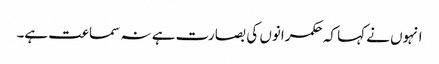
انہوں نے کہا کہ حکمرانوں کی بصارت ہے نہ سماعت ہے۔